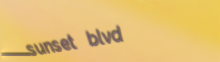
sunset blvd